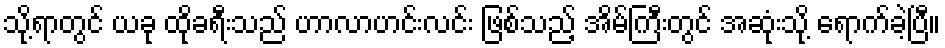
သို့ရာတွင် ယခု ထိုခရီးသည် ဟာလာဟင်းလင်း ဖြစ်သည့် အိမ်ကြီးတွင် အဆုံးသို့ ရောက်ခဲ့ပြီ။